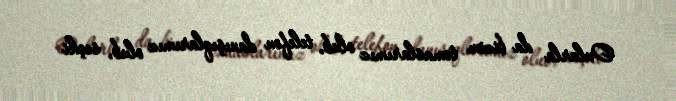
Onlarla da bizim təmaslarımız olub, telefon danışıqlarımız olub, seçki